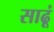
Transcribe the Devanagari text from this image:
साढूं